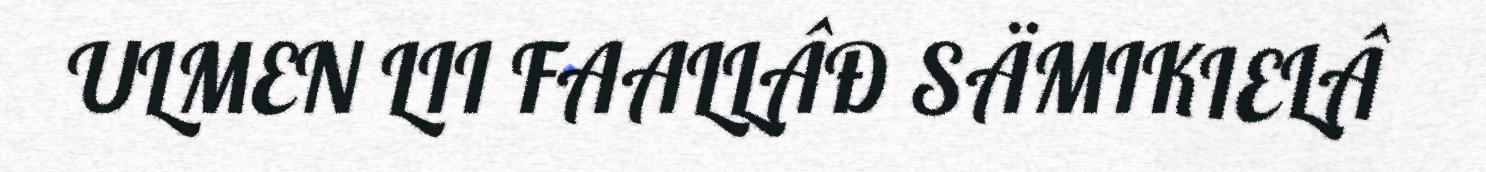
ULMEN LII FAALLÂĐ SÄMIKIELÂ